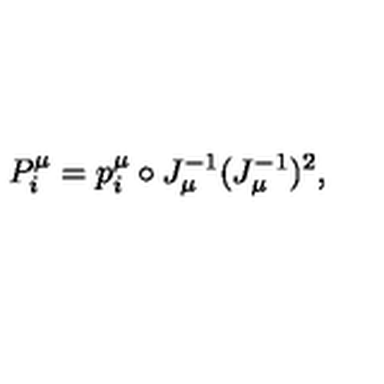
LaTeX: P _ { i } ^ { \mu } = p _ { i } ^ { \mu } \circ J _ { \mu } ^ { - 1 } ( J _ { \mu } ^ { - 1 } ) ^ { 2 } ,